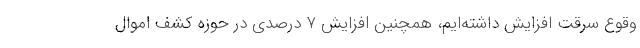
وقوع سرقت افزایش داشته‌ایم، همچنین افزایش ۷ درصدی در حوزه کشف اموال